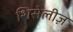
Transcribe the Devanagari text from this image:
शिसेलीज़